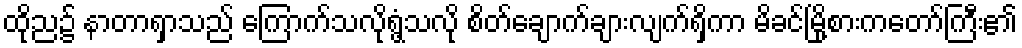
ထိုည၌ နာတာရှာသည် ကြောက်သလိုရွံ့သလို စိတ်ချောက်ချားလျက်ရှိကာ မိခင်မြို့စားကတော်ကြီး၏